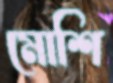
মোশি